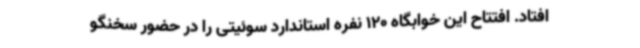
افتاد. افتتاح این خوابگاه 120 نفره استاندارد سوئیتی را در حضور سخنگو